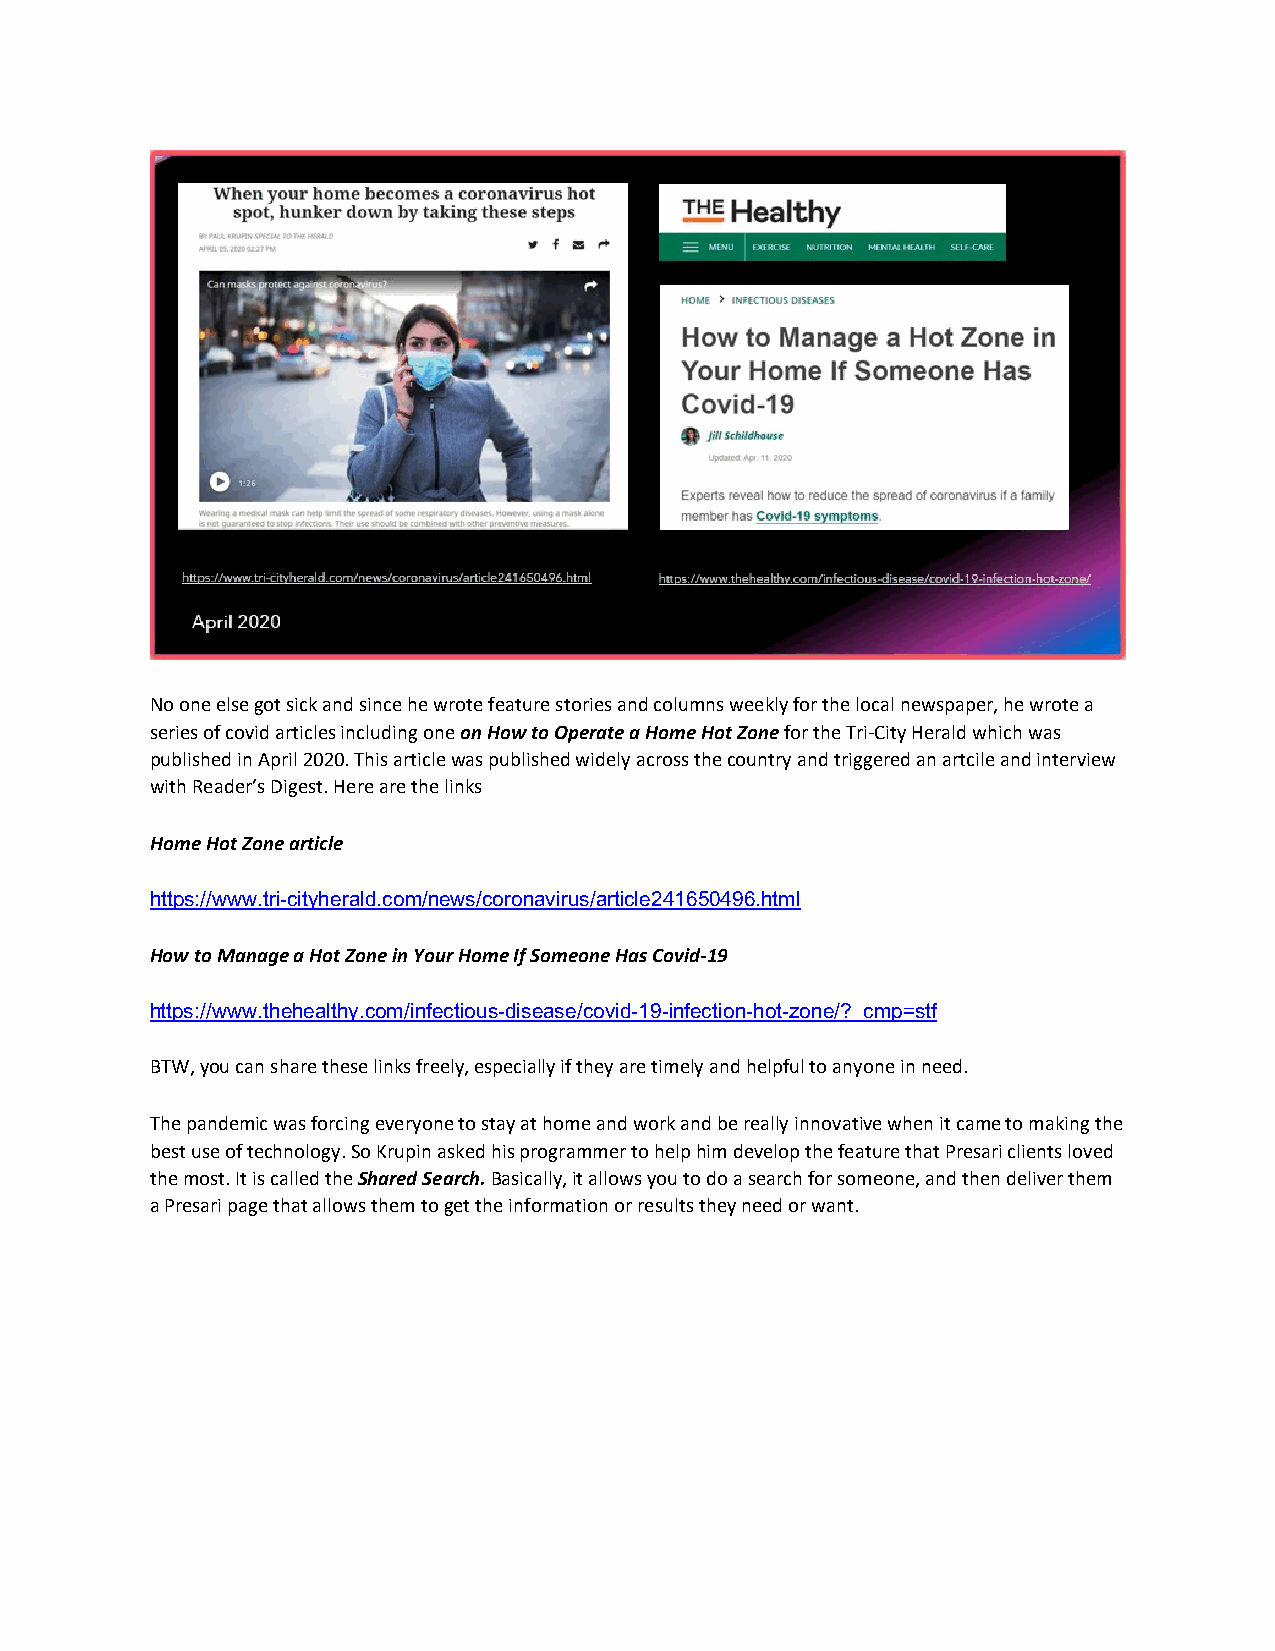
No one else got sick and since he wrote feature stories and columns weekly for the local newspaper, he wrote a
 series of covid articles including one on How to Operate a Home Hot Zone for the Tri-City Herald which was
 published in April 2020. This article was published widely across the country and triggered an artcile and interview
 with Reader’s Digest. Here are the links
 Home Hot Zone article
 https://www.tri-cityherald.com/news/coronavirus/article241650496.html
 How to Manage a Hot Zone in Your Home If Someone Has Covid-19
 https://www.thehealthy.com/infectious-disease/covid-19-infection-hot-zone/?_cmp=stf
 BTW, you can share these links freely, especially if they are timely and helpful to anyone in need.
 The pandemic was forcing everyone to stay at home and work and be really innovative when it came to making the
 best use of technology. So Krupin asked his programmer to help him develop the feature that Presari clients loved
 the most. It is called the Shared Search. Basically, it allows you to do a search for someone, and then deliver them
 a Presari page that allows them to get the information or results they need or want.